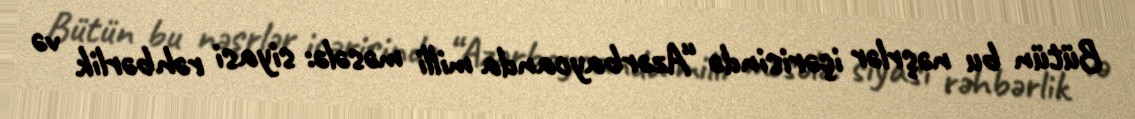
Bütün bu nəşrlər içərisində “Azərbaycanda milli məsələ: siyasi rəhbərlik və